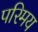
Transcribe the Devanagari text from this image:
परिमय